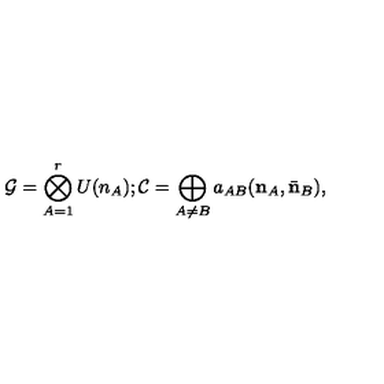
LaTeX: { \cal G } = \bigotimes _ { A = 1 } ^ { r } U ( n _ { A } ) ; { \cal C } = \bigoplus _ { A \neq B } a _ { A B } ( { \bf n } _ { A } , \bar { \bf n } _ { B } ) ,